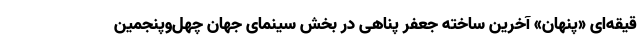
قیقه‌ای «پنهان» آخرین ساخته جعفر پناهی در بخش سینمای جهان چهل‌وپنجمین